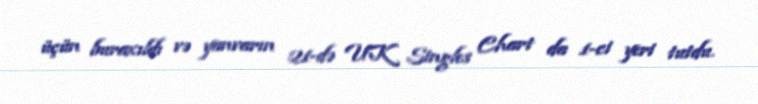
üçün buraxıldı və yanvarın 21-də UK Singles Chart da 1-ci yeri tutdu.